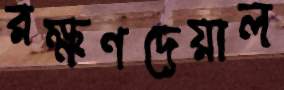
রক্ষণদেয়াল